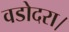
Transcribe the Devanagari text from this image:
वडोदरा।